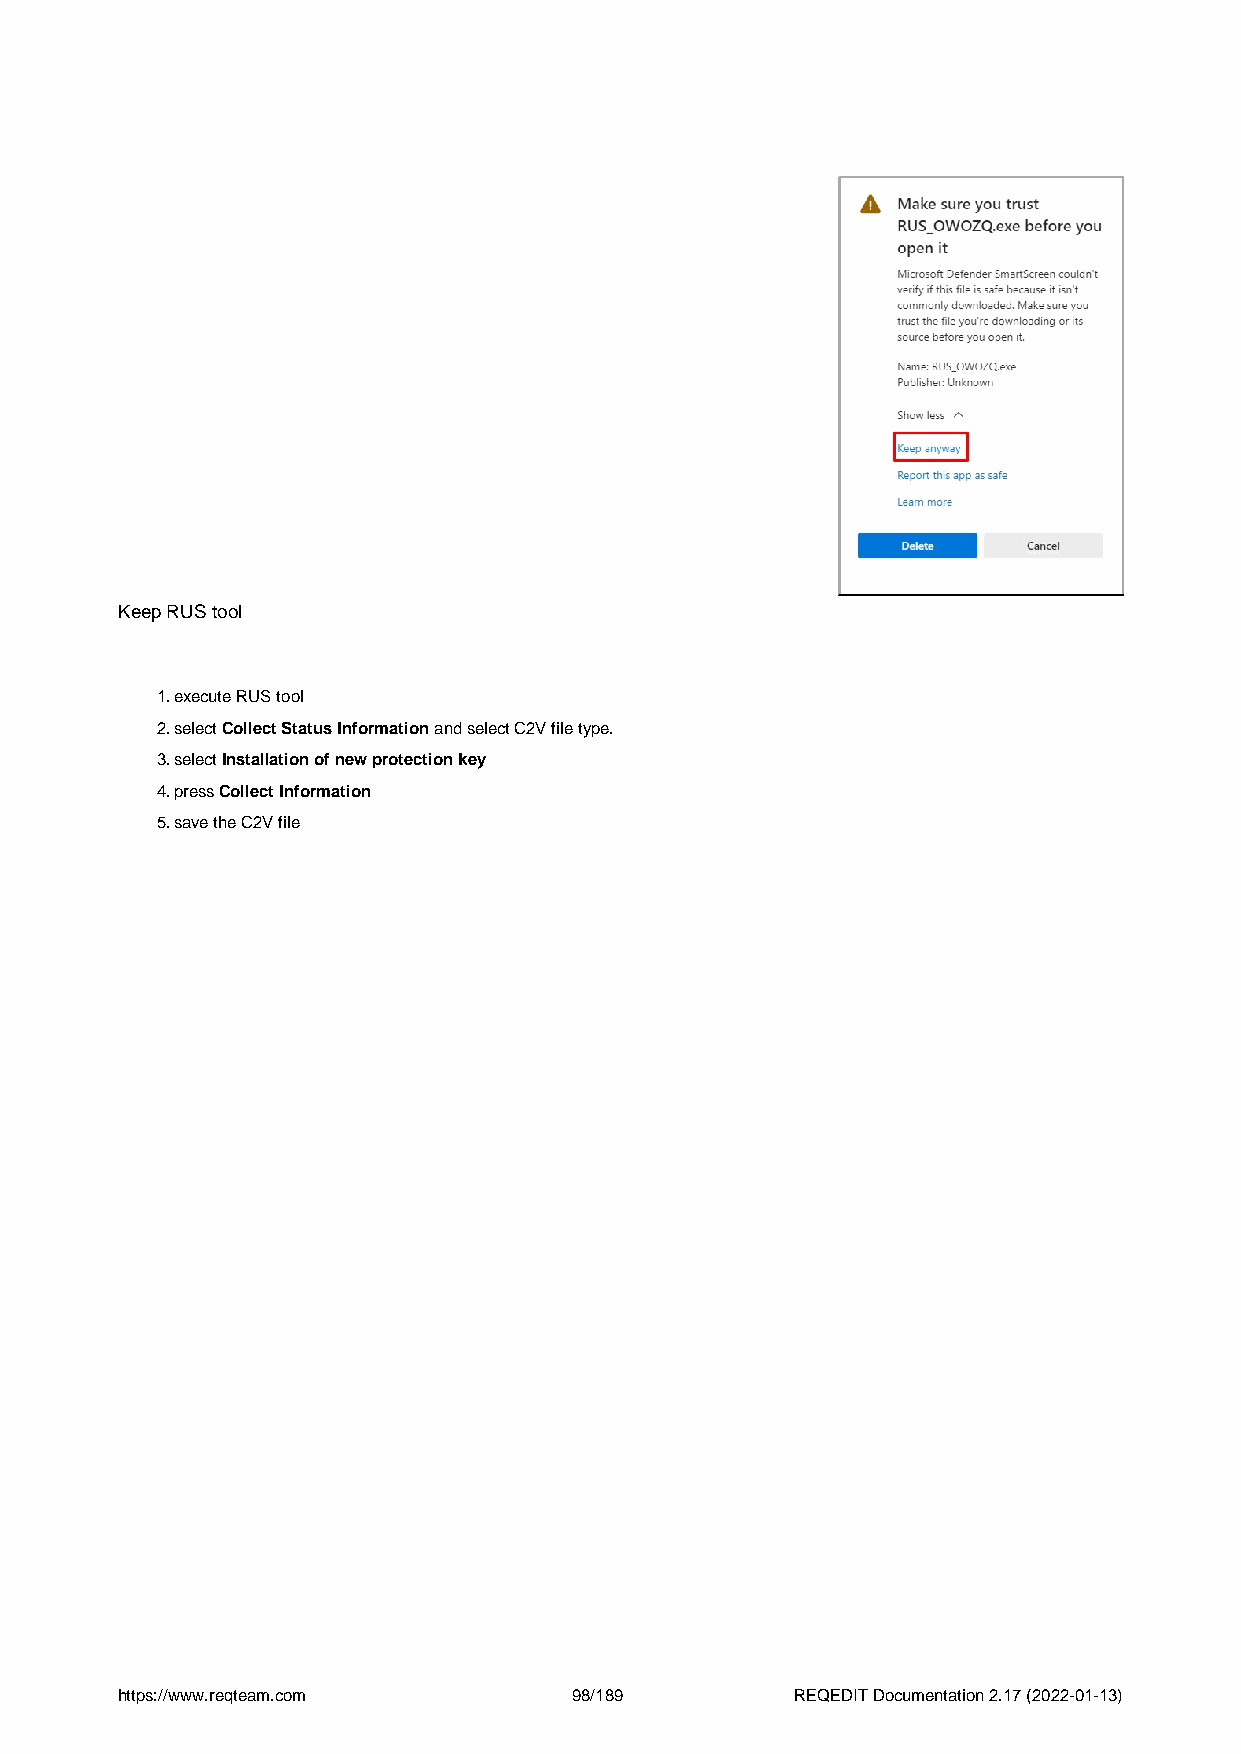
Keep RUS tool
 1.execute RUS tool
 2.select Collect Status Information and select C2V file type.
 3.select Installation of new protection key
 4.press Collect Information
 5.save the C2V file
 https://www.reqteam.com       98/189         REQEDIT Documentation 2.17 (2022-01-13)